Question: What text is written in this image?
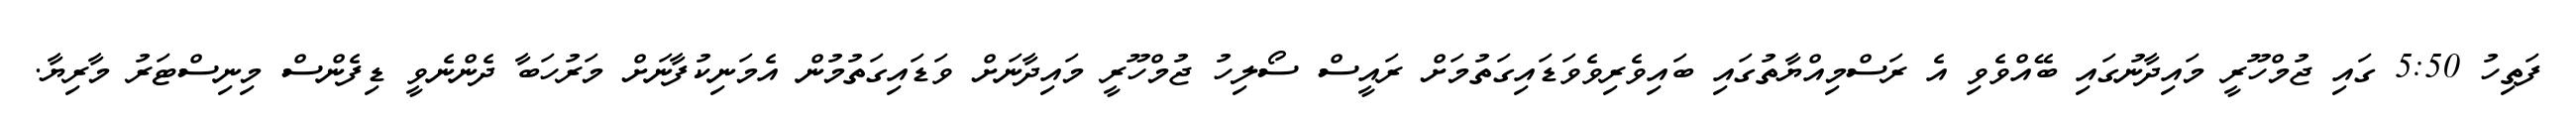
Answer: ފަތިހު 5:50 ގައި ޖުމްހޫރީ މައިދާނުގައި ބޭއްވެވި އެ ރަސްމިއްޔާތުގައި ބައިވެރިވެވަޑައިގަތުމަށް ރައީސް ސޯލިހު ޖުމްހޫރީ މައިދާނަށް ވަޑައިގަތުމުން އެމަނިކުފާނަށް މަރުހަބާ ދެންނެވީ ޑިފެންސް މިނިސްޓަރު މާރިޔާ.